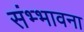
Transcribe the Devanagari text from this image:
संभ्भावना